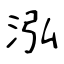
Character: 泓